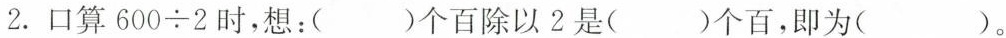
2. 口算$$60 0 \div 2$$时，想：( )个百除以2是( )个百，即为( ).